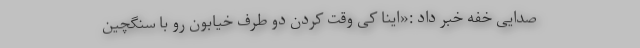
صدایی خفه خبر داد :«اینا کیِ وقت کردن دو طرف خیابون رو با سنگچین